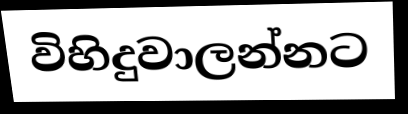
විහිදුවාලන්නට